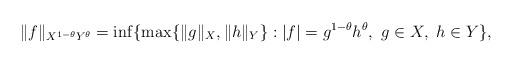
LaTeX: \begin{align*}\|f\|_{X^{1-\theta}Y^{\theta}}=\inf\{\max\{\|g\|_X,\|h\|_Y\}:|f|=g^{1-\theta}h^{\theta},\ g\in X,\ h\in Y\},\end{align*}